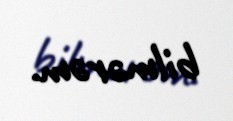
bilmərəm.